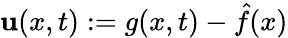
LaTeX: \mathbf{u}(x,t):=g(x,t)-\hat{{f}}(x)